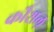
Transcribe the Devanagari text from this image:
कौशल़